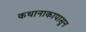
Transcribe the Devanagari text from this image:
कथानाकापासुन